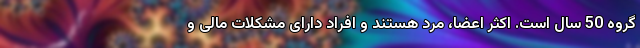
گروه 50 سال است. اکثر اعضا، مرد هستند و افراد دارای مشکلات مالی و